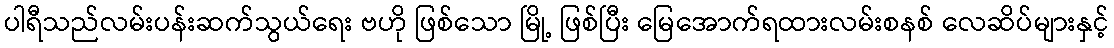
ပါရီသည်လမ်းပန်းဆက်သွယ်ရေး ဗဟို ဖြစ်သော မြို့ ဖြစ်ပြီး မြေအောက်ရထားလမ်းစနစ် လေဆိပ်များနှင့်